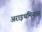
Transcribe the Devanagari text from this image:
अराइथमियास